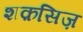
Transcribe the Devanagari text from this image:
शक़सिज़